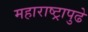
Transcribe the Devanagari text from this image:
महाराष्ट्रापुढे